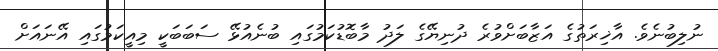
ނުލިބުނެވެ. އާޚިރަތުގެ އަޒާބަށްވުރެ ދުނިޔޭގެ ލަދު މާބޮޑުކަމުގައި ބުނެއުޅޭ ސަބަބަކީ މިއީކަމުގައި އޭނައަށް